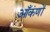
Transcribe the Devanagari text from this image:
आँकंणों